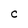
Character: C